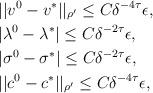
LaTeX: \begin{align*}& || v^0 - v^* ||_{\rho'} \le C\delta^{-4\tau}\epsilon,\\& | \lambda^0 - \lambda^* |\le C \delta^{-2\tau}\epsilon,\\& | \sigma^0 - \sigma^* |\le C \delta^{-2\tau}\epsilon,\\& || c^0 - c^* ||_{\rho'} \le C \delta^{-4\tau} \epsilon,\end{align*}